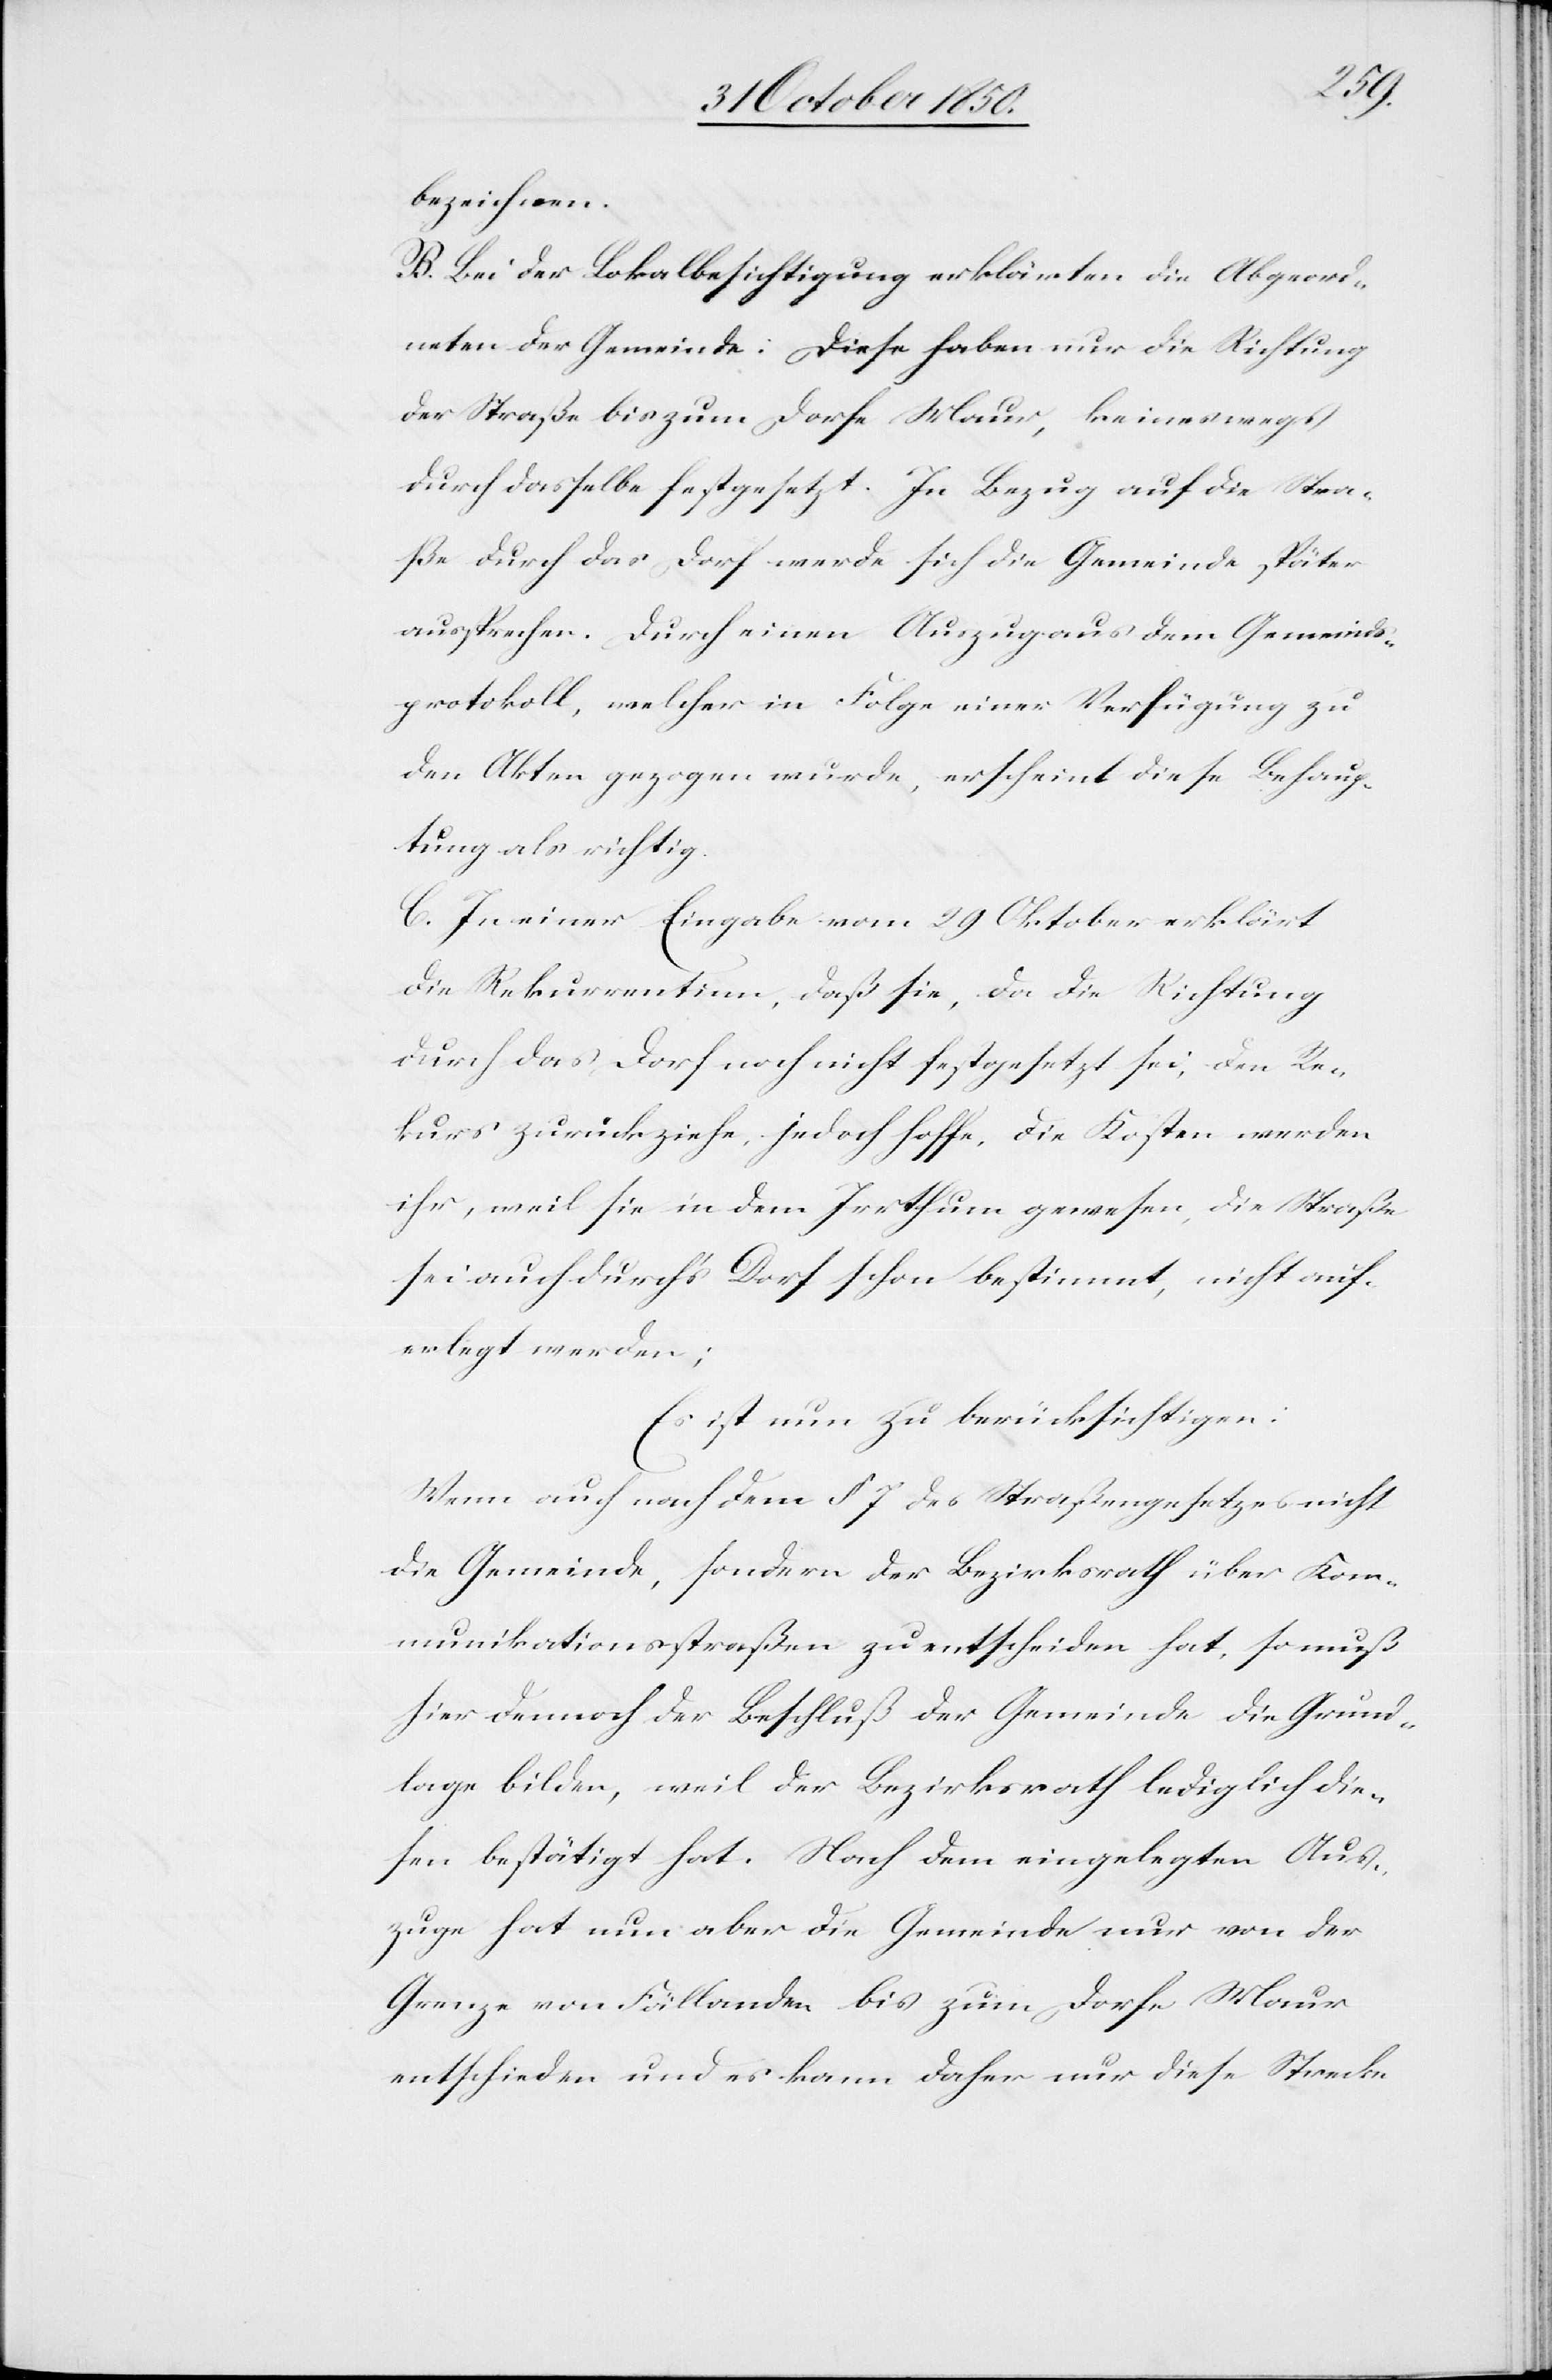
bezeichnen.
B. Bei der Lokalbesichtigung erklärten die Abgeord¬
neten der Gemeinde: Diese haben nur die Richtung
der Straße bis zum Dorfe Maur, keineswegs
durch dasselbe festgesetzt. In Bezug auf die Stra¬
ße durch das Dorf werde sich die Gemeinde später
aussprechen. Durch einen Auszug aus dem Gemeinds¬
protokoll, welcher in Folge einer Verfügung zu
den Akten gezogen wurde, erscheint diese Behaup¬
tung als richtig.
C. In einer Eingabe vom 29 Oktober erklärt
die Rekurrentin, daß sie, da die Richtung
durch das Dorf noch nicht festgesetzt sei, den Re¬
kurs zurückziehe, jedoch hoffe, die Kosten werden;
Es ist nun zu berücksichtigen:
Wenn auch nach dem § 7 des Straßengesetzes nicht
die Gemeinde, sondern der Bezirksrath über Kom¬
munikationsstraßen zu entscheiden hat, so muß
hier dennoch der Beschluß der Gemeinde die Grund¬
lage bilden, weil der Bezirksrath lediglich die¬
sen bestätigt hat. Nach dem eingelegten Aus¬
zuge hat nun aber die Gemeinde nur von der
Grenze von Fällanden bis zum Dorfe Maur
entschieden und es kann daher nur diese Strecke